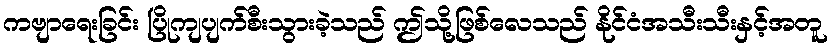
ကဗျာရေးခြင်း ပြိုကျပျက်စီးသွားခဲ့သည် ဤသို့ဖြစ်လေသည် နိုင်ငံအသီးသီးနှင့်အတူ